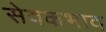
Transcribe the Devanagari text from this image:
सेवकभाव